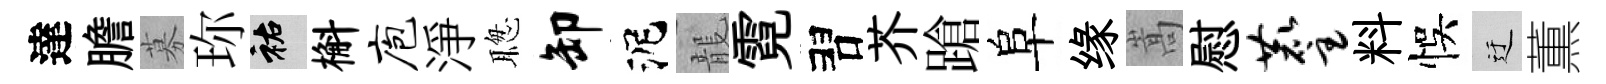
達膽募珎祐槲庖淨聦卸泥龍霓習芥蹌阜缘嵩慰麈料悞迂薫